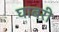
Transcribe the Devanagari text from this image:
घाबरी